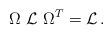
LaTeX: \begin{align*}\Omega\ {\cal L}\ \Omega^{T}={\cal L}\, .\end{align*}